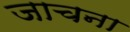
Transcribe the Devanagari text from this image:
जाचना